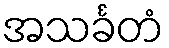
အသင်္ခတံ